Scientific memoirs by medical officers of the Army of India - Part X,
Year: 1897
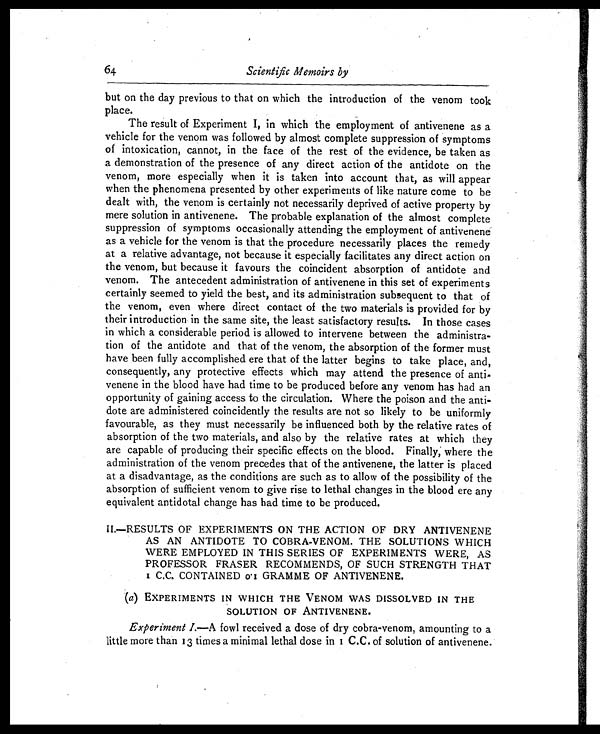
64 Scientific Memoirs by
but on the day previous to that on which the introduction of the venom took
place.
The result of Experiment I, in which the employment of antivenene as a
vehicle for the venom was followed by almost complete suppression of symptoms
of intoxication, cannot, in the face of the rest of the evidence, be taken as
a demonstration of the presence of any direct action of the antidote on the
venom, more especially when it is taken into account that, as will appear
when the phenomena presented by other experiments of like nature come to be
dealt with, the venom is certainly not necessarily deprived of active property by
mere solution in antivenene. The probable explanation of the almost complete
suppression of symptoms occasionally attending the employment of antivenene
as a vehicle for the venom is that the procedure necessarily places the remedy
at a relative advantage, not because it especially facilitates any direct action on
the venom, but because it favours the coincident absorption of antidote and
venom. The antecedent administration of antivenene in this set of experiments
certainly seemed to yield the best, and its administration subsequent to that of
the venom, even where direct contact of the two materials is provided for by
their introduction in the same site, the least satisfactory results. In those cases
in which a considerable period is allowed to intervene between the administra-
tion of the antidote and that of the venom, the absorption of the former must
have been fully accomplished ere that of the latter begins to take place, and,
consequently, any protective effects which may attend the presence of anti-
venene in the blood have had time to be produced before any venom has had an
opportunity of gaining access to the circulation. Where the poison and the anti-
dote are administered coincidently the results are not so likely to be uniformly
favourable, as they must necessarily be influenced both by the relative rates of
absorption of the two materials, and also by the relative rates at which they
are capable of producing their specific effects on the blood. Finally; where the
administration of the venom precedes that of the antivenene, the latter is placed
at a disadvantage, as the conditions are such as to allow of the possibility of the
absorption of sufficient venom to give rise to lethal changes in the blood ere any
equivalent antidotal change has had time to be produced.
I I . — R E S U L T S O F E X P E R I M E N T S O N T H E A C T I O N O F D R Y A N T I V E N E N E
AS AN ANTIDOTE TO COBRA-VENOM. THE SOLUTIONS WHICH
WERE EMPLOYED IN THIS SERIES OF EXPERIMENTS WERE, AS
PROFESSOR FRASER RECOMMENDS, OF SUCH STRENGTH THAT
1 C.C. CONTAINED 0.1 GRAMME OF ANTIVENENE.
(a) EXPERIMENTS IN WHICH THE VENOM WAS DISSOLVED IN THE
SOLUTION OF ANTIVENENE.
Experiment I.—A fowl received a dose of dry cobra-venom, amounting to a
little more than 13 times a minimal lethal dose in 1 c.c. of solution of antivenene.